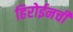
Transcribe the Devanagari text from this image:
हिरोईनची